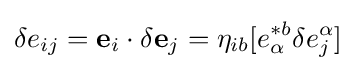
\delta e_{ij}={\bf {e}}_{i}\cdot \delta {\bf {e}}_{j}=\eta _{ib}[e_{\alpha }^{*b}\delta e_{j}^{\alpha }]